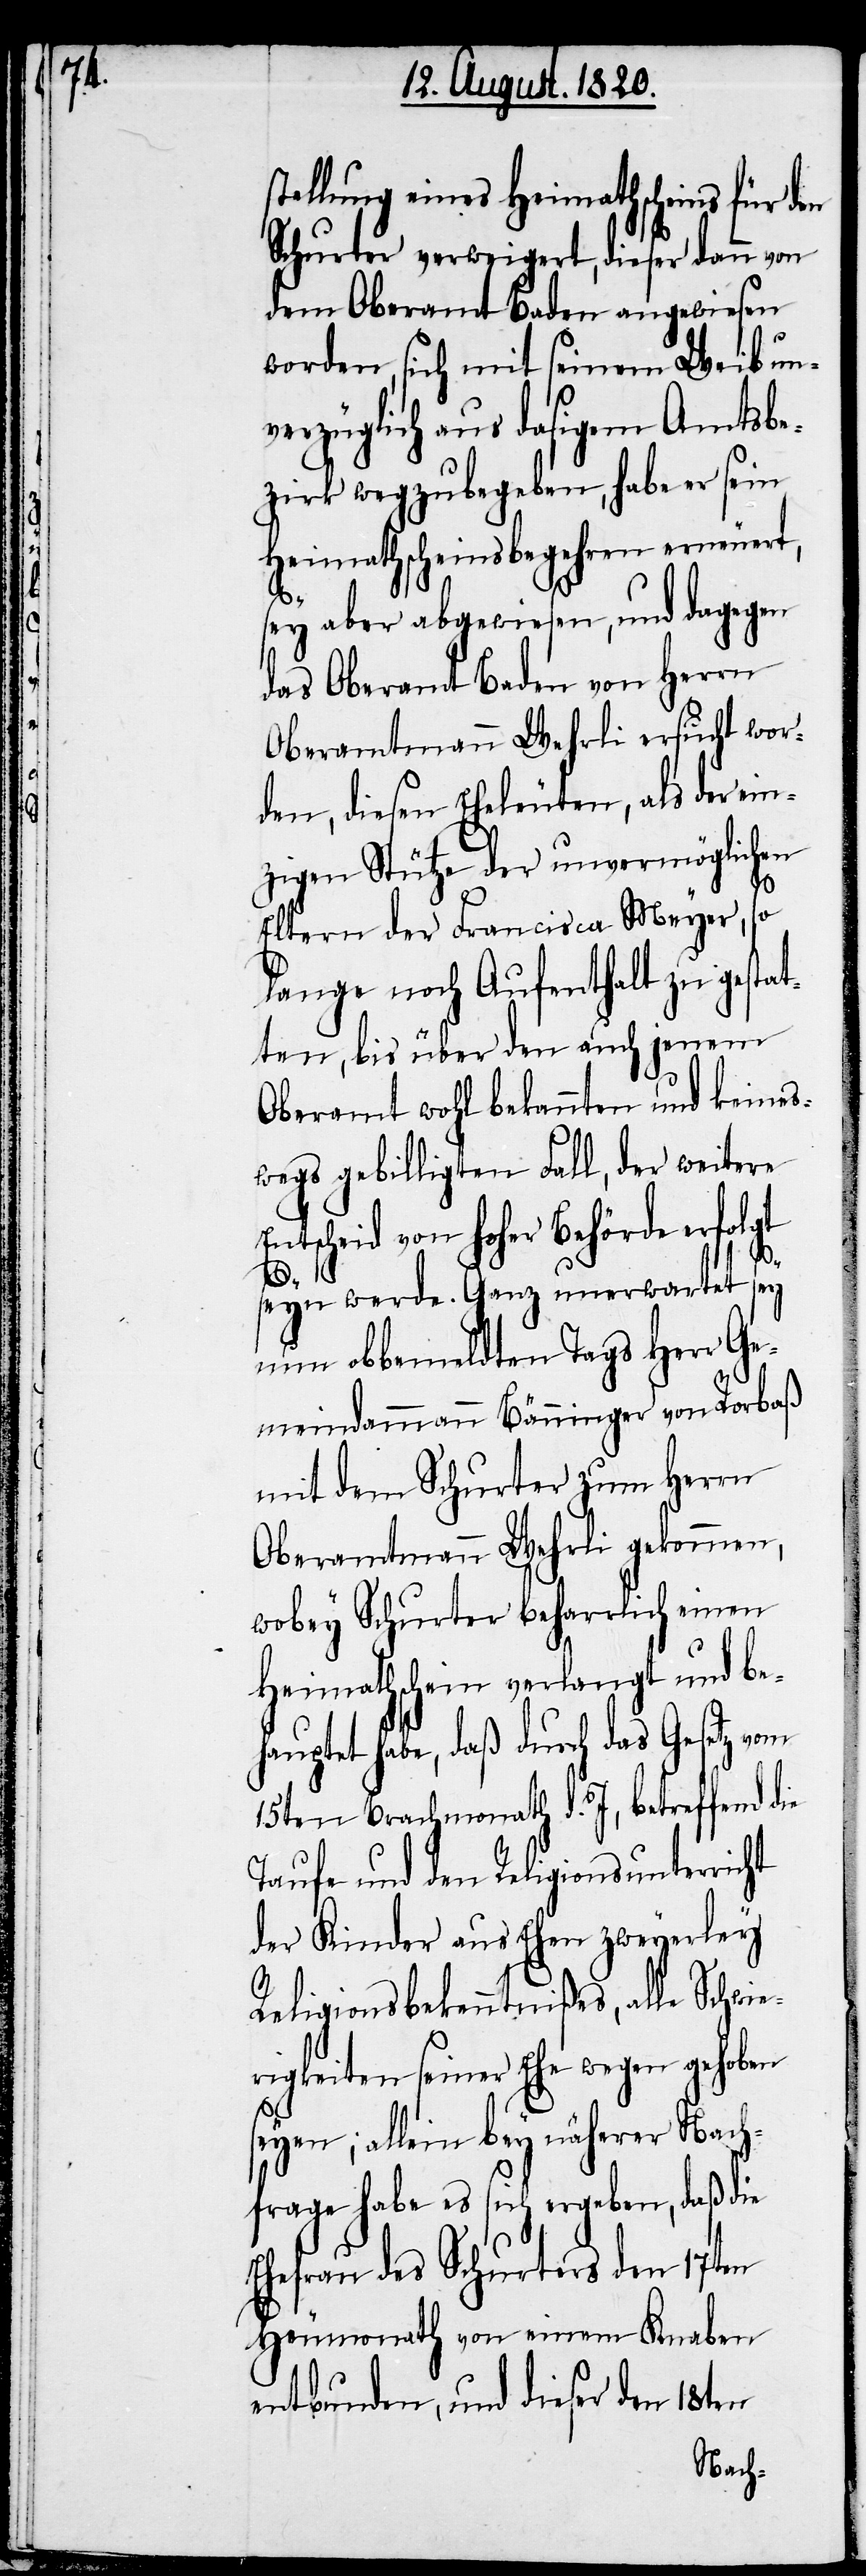
stellung eines Heimathscheins für den
Schurter verweigert, dieser dann von
dem Oberamt Baden angewiesen
worden, sich mit seinem Weib un¬
verzüglich aus dasigem Amtsbe¬
zirk wegzubegeben, habe er sein
Heimathscheinsbegehren erneuert,
sey aber abgewiesen, und dagegen
das Oberamt Baden von Herrn
Oberamtmann Wehrli ersucht wor¬
den, diesen Eheleuten, als der ein¬
zigen Stütze der unvermöglichen
Eltern der Francisca Meyer, so
lange noch Aufenthalt zu gestat¬
ten, bis über den auch jenem
Oberamt wohl bekannten und keines¬
wegs gebilligten Fall, der weitere
Entscheid von hoher Behörde erfolgt
seyn werde. Ganz unerwartet sey
nun obbemeldten Tags Herr Ge¬
meindammann Bänninger von Rorbaß
mit dem Schurter zum Herrn
Oberamtmann Wehrli gekommen,
wobey Schurter beharrlich einen
Heimathschein verlangt und be¬
hauptet habe, daß durch das Gesetz vom
15ten Brachmonath d. J, betreffend die
Taufe und den Religionsunterricht
der Kinder aus Ehen zweyerley
Religionsbekenntnißes, alle Schwie¬
rigkeiten seiner Ehe wegen gehoben
seyen; allein bey näherer Nach¬
frage habe es sich ergeben, daß die
Ehefrau des Schurters den 17ten
Heumonath von einem Knaben
entbunden, und dieser den 18ten